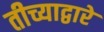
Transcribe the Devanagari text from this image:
तीच्याद्वारे